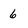
Character: 6